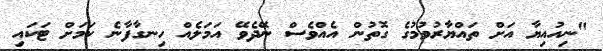
"ނިއުއިޔާ އަށް ތައްޔާރުވުމުގެ ގޮތުން އެއްވެސް ނޭދެވޭ އަމަލެއް ހިނގާފާނެ ކަމަށް ޓަކައި